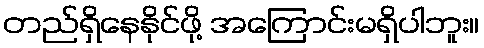
တည်ရှိနေနိုင်ဖို့ အကြောင်းမရှိပါဘူး။